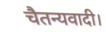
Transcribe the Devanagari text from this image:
चैतन्यवादी।